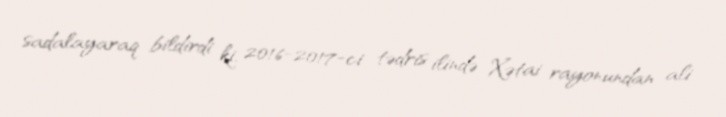
sadalayaraq bildirdi ki, 2016-2017-ci tədris ilində Xətai rayonundan ali